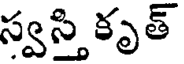
స్వస్తి కృత్